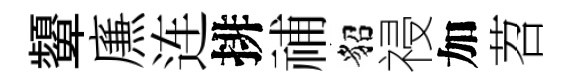
顰㢘连排𥙷貂祲加苕